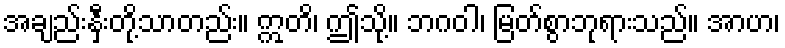
အချည်းနှီးတို့သာတည်း။ ဣတိ၊ ဤသို့။ ဘဂဝါ၊ မြတ်စွာဘုရားသည်။ အာဟ၊